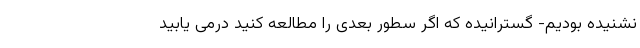
نشنیده بودیم- گسترانیده که اگر سطور بعدی را مطالعه کنید درمی یابید